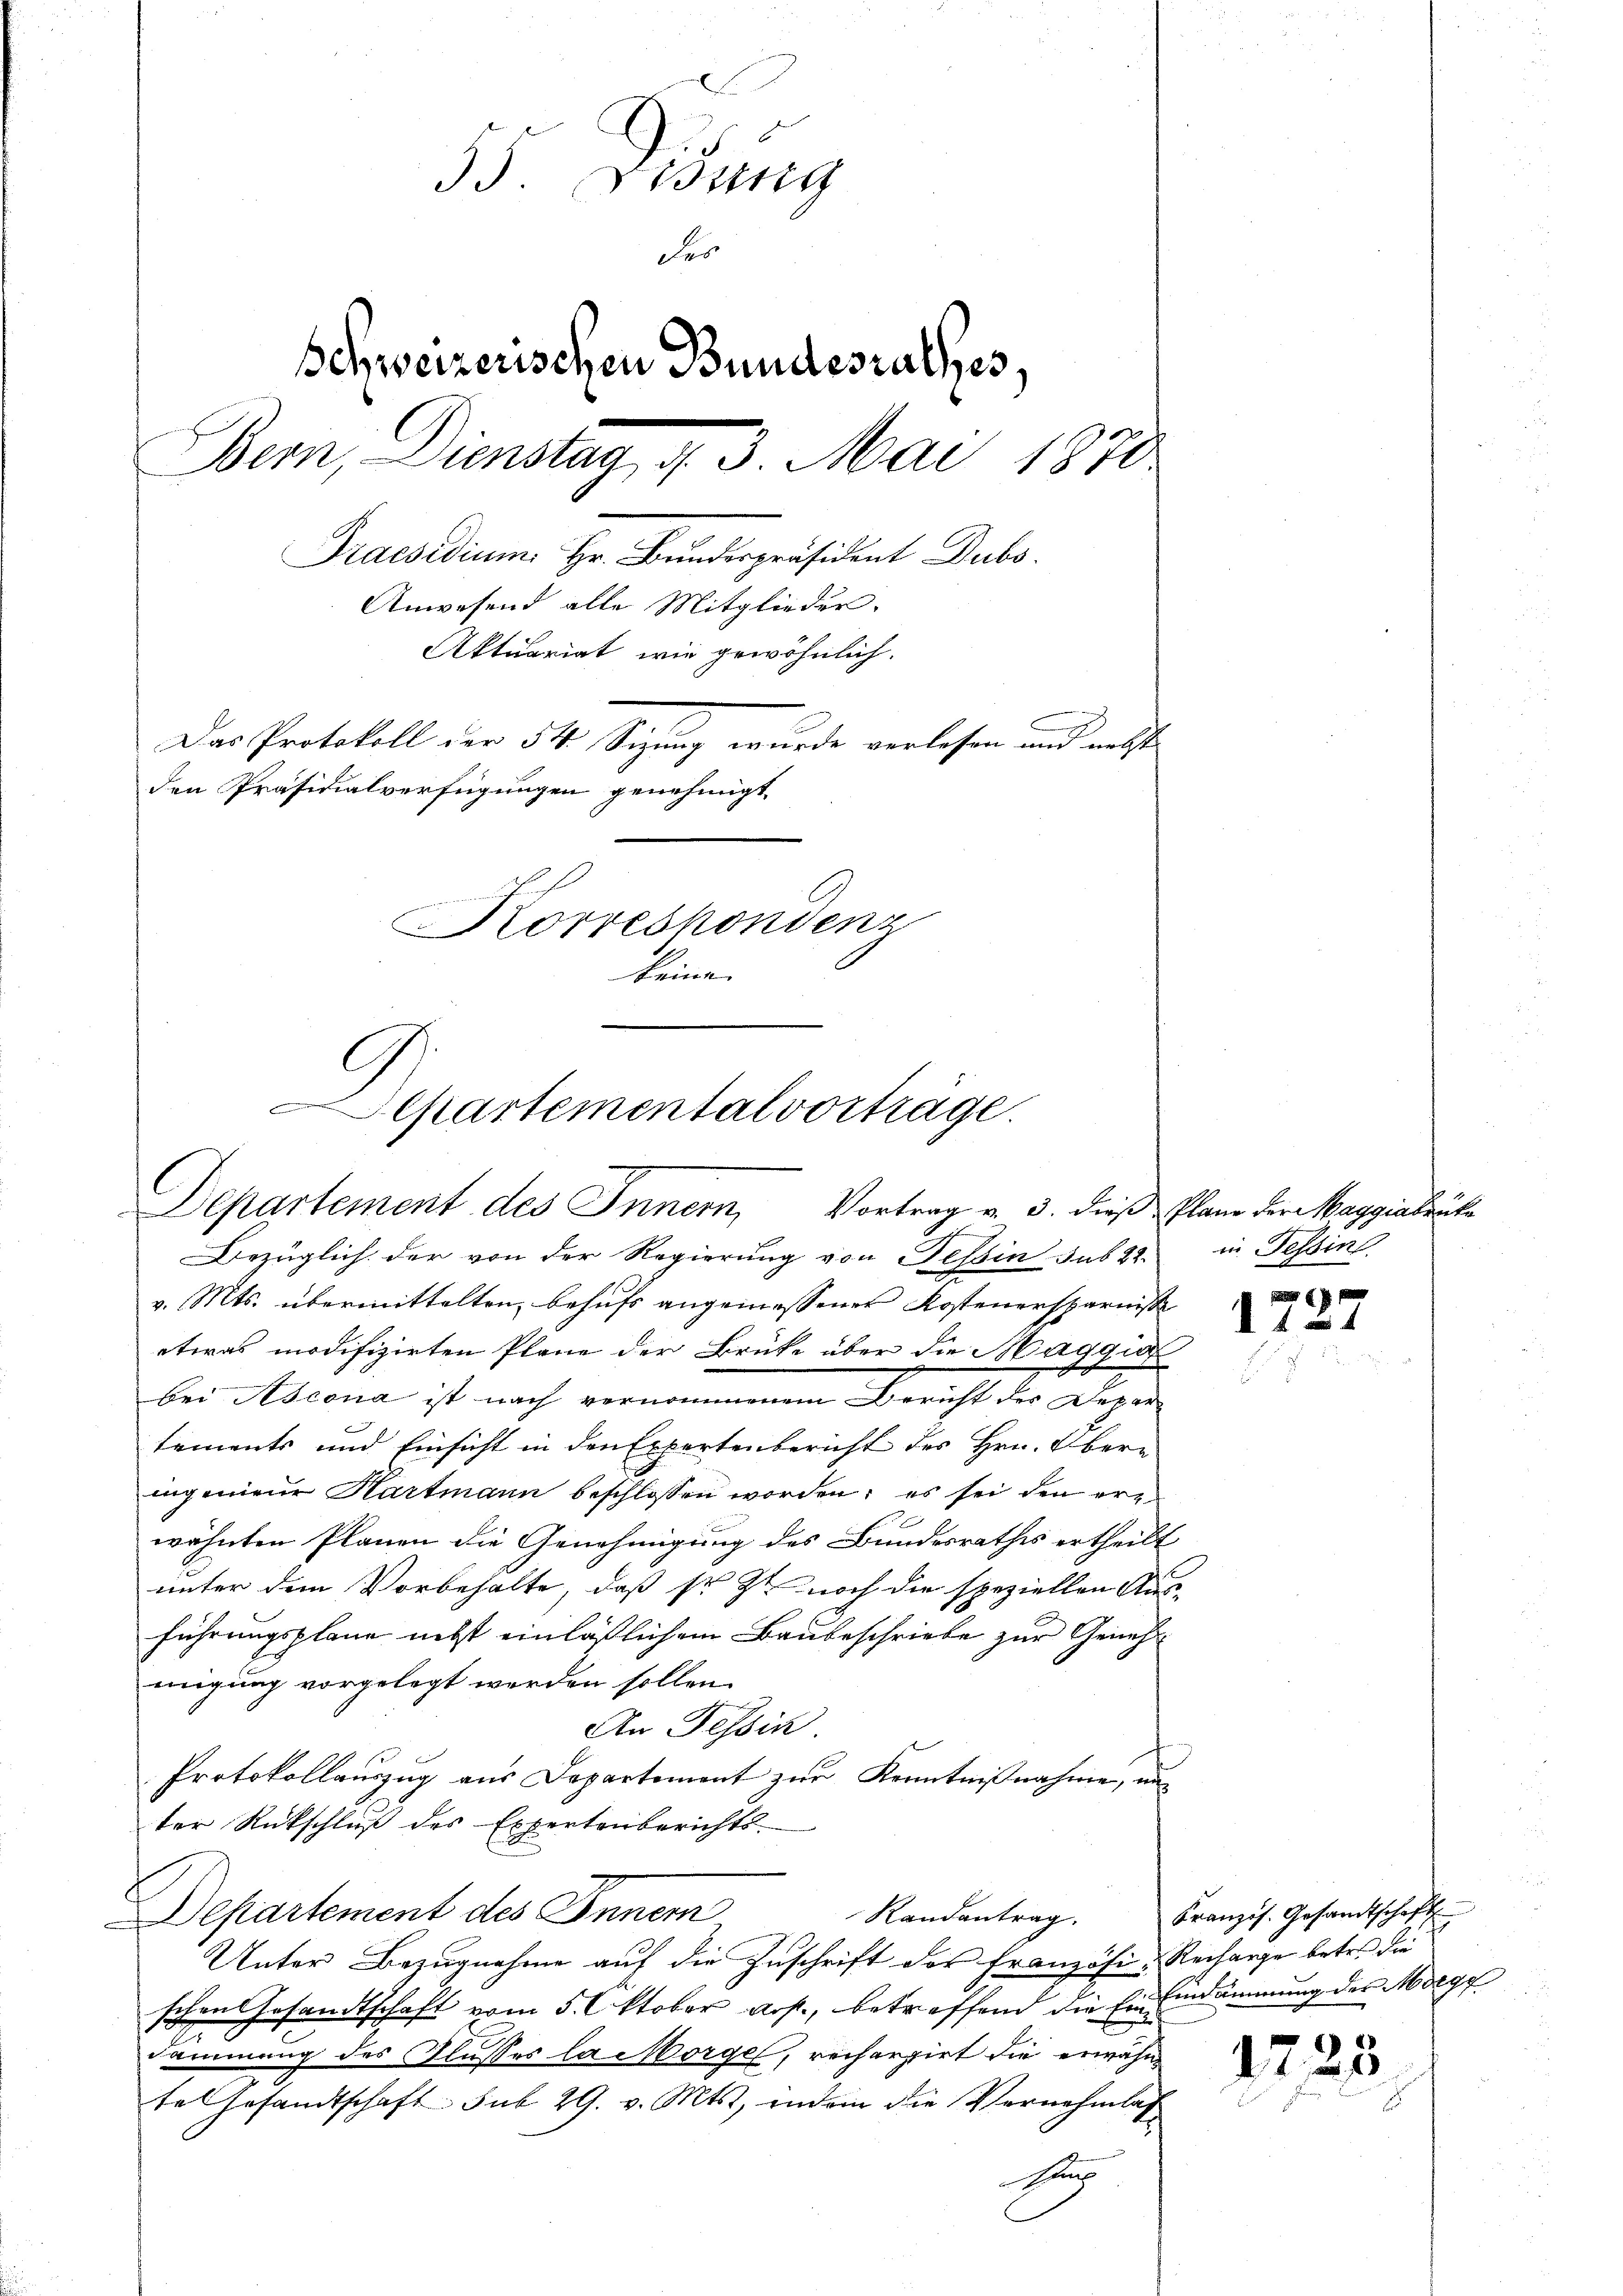
55 Didung
des
Schweizerischen Bundesrathes,
u
Bern, Dienstag d. 3. Mai 1870
Praesidium. Hr. Bundespräsident Dubs
Anwesend alle Mitglieder.
Aktuariat wie gewöhnlich.
Das Protokoll der 54 Sizung wurde verlesen und nebst
den Präsidialverfügungen genehmigt,
Korrespondenz
keine

Separtemental vorträge.
Departement des Innern, Vortrag v. 3. dieß Plane der Maggiabrücke

C

B
Bezüglich der von der Regierung von Tessin sub 22.
v. Mts. übermittelten behufs angemessener Kostenersparnisse
etwas modifizirten Plane der Brüke über die Haggi
bei Ascona ist nach vernommenem Bericht der Depar
tements und Einsicht in den Expertenbericht des Hrn. Oberingenieur Hartmann beschlossen worden; es sei den erwähnten Planen die Genehmigung des Bundesrathes ertheilt
unter dem Vorbehalte, daß sr. Zt. noch die speziellen Aus-
führungsplane nebst einläßlichem Baubeschriebe zur Genehmigung vorgelegt worden sollen.
An Tessin
Protokollauszug aus Departement zur Kenntnißnahme, un
ter Rückschluß des Expertenberichts-
Departement des Inner
Randantrag.
Unter Bezugnahme auf die Zuschrift des Französi-Recharge betr. die
schen Gesandtschaft vom 5. Oktober arp., betreffend die Eineindammung des Morge
ämmung des Flusses la Morge, recherpirt die erwähnte Gesandtschaft. sub 29. v. Mts., indem die Vernehmlas
Ins

in Tessin

x
 f 24

Französ. Gesandtschaft

1723